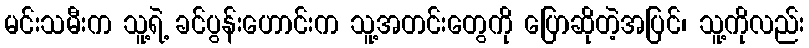
မင်းသမီးက သူ့ရဲ့ ခင်ပွန်းဟောင်းက သူ့အတင်းတွေကို ပြောဆိုတဲ့အပြင်၊ သူ့ကိုလည်း